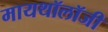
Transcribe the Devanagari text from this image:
मायथॉलॉजी